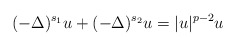
\begin{align*} (-\Delta)^{s_1} u +(-\Delta)^{s_2} u =|u|^{p-2} u\end{align*}